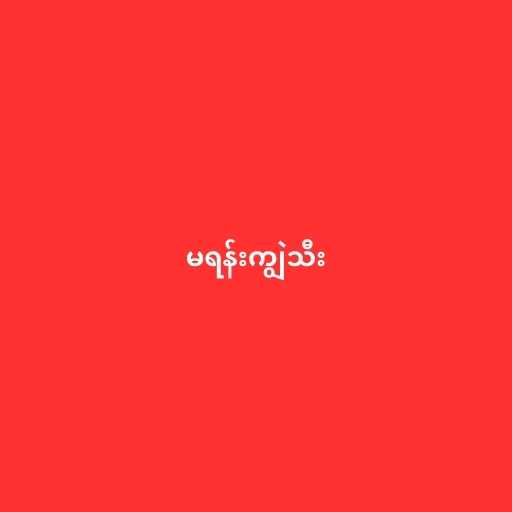
မရန်းကျွဲသီး